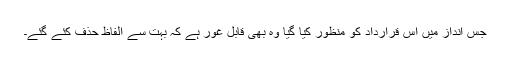
جس انداز میں اس قرارداد کو منظور کیا گیا وہ بھی قابلِ غور ہے کہ بہت سے الفاظ حذف کئے گئے۔